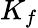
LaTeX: K_{f}